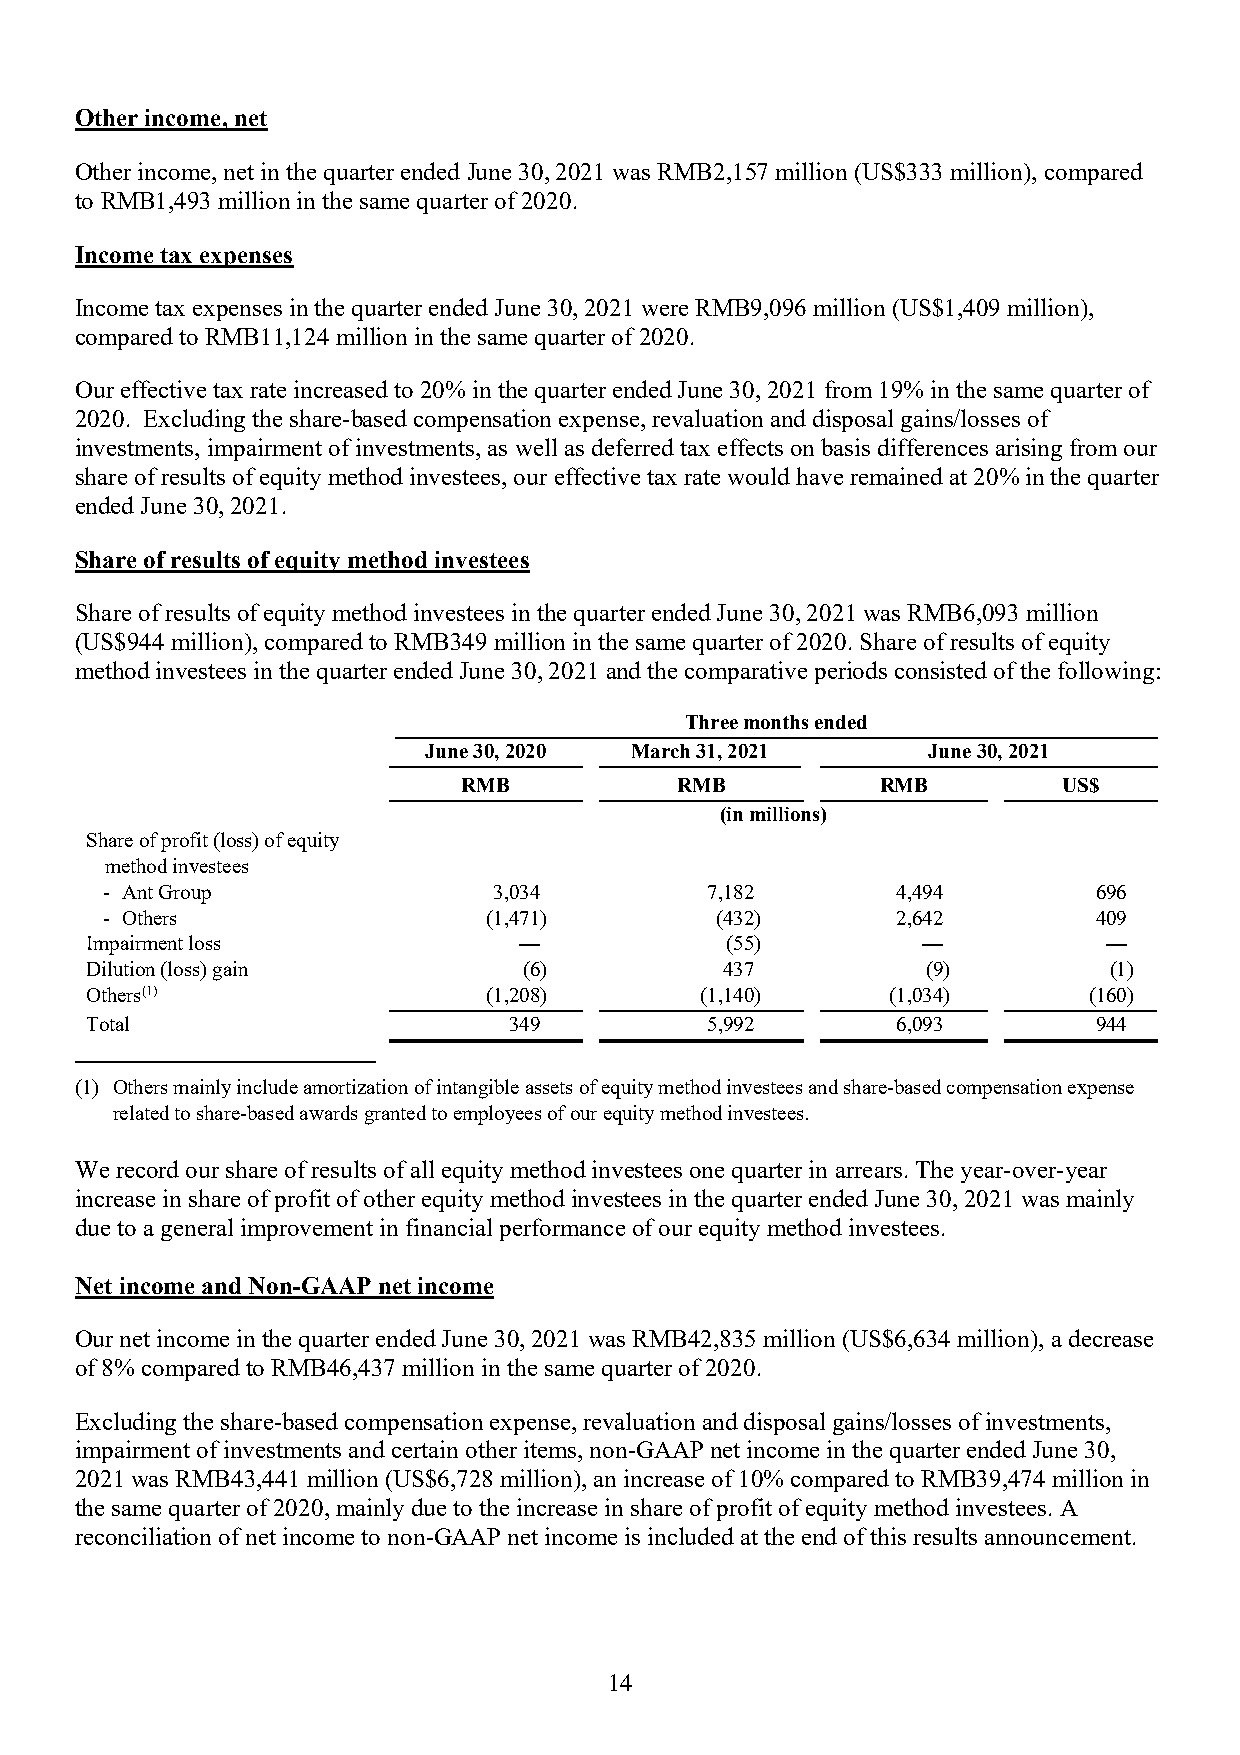
Other income, net
 Other income, net in the quarter ended June 30, 2021 was RMB2,157 million (US$333 million), compared
 to RMB1,493 million in the same quarter of 2020.
 Income tax expenses
 Income tax expenses in the quarter ended June 30, 2021 were RMB9,096 million (US$1,409 million),
 compared to RMB11,124 million in the same quarter of 2020.
 Our effective tax rate increased to 20% in the quarter ended June 30, 2021 from 19% in the same quarter of
 2020. Excluding the share-based compensation expense, revaluation and disposal gains/losses of
 investments, impairment of investments, as well as deferred tax effects on basis differences arising from our
 share of results of equity method investees, our effective tax rate would have remained at 20% in the quarter
 ended June 30, 2021.
 Share of results of equity method investees
 Share of results of equity method investees in the quarter ended June 30, 2021 was RMB6,093 million
 (US$944 million), compared to RMB349 million in the same quarter of 2020. Share of results of equity
 method investees in the quarter ended June 30, 2021 and the comparative periods consisted of the following:
 Three months ended
 June 30, 2020 March 31, 2021     June 30, 2021
 RMB           RMB          RMB         US$
 (in millions)
 Share of profit (loss) of equity
 method investees
 - Ant Group               3,034         7,182       4,494         696
 - Others                 (1,471)        (432)       2,642         409
 Impairment loss             —             (55)         —           —
 Dilution (loss) gain         (6)          437          (9)         (1)
 Others(1)                 (1,208)       (1,140)      (1,034)      (160)
 Total                       349          5,992       6,093         944
 (1) Others mainly include amortization of intangible assets of equity method investees and share-based compensation expense
 related to share-based awards granted to employees of our equity method investees.
 We record our share of results of all equity method investees one quarter in arrears. The year-over-year
 increase in share of profit of other equity method investees in the quarter ended June 30, 2021 was mainly
 due to a general improvement in financial performance of our equity method investees.
 Net income and Non-GAAP net income
 Our net income in the quarter ended June 30, 2021 was RMB42,835 million (US$6,634 million), a decrease
 of 8% compared to RMB46,437 million in the same quarter of 2020.
 Excluding the share-based compensation expense, revaluation and disposal gains/losses of investments,
 impairment of investments and certain other items, non-GAAP net income in the quarter ended June 30,
 2021 was RMB43,441 million (US$6,728 million), an increase of 10% compared to RMB39,474 million in
 the same quarter of 2020, mainly due to the increase in share of profit of equity method investees. A
 reconciliation of net income to non-GAAP net income is included at the end of this results announcement.
 14